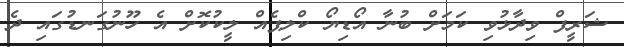
ޝަރީފް ވިދާޅުވި ކަމަށް ބުނާ އޯޑިޔޯ ކްލިޕެއް ލީކުކޮށް އެ ހޫނުގަނޑުގައި ދެ